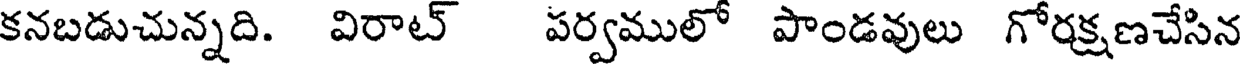
కనబడుచున్నది. విరాట్ పర్వములో పాండవులు గోరక్షణచేసిన